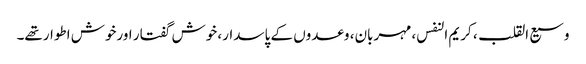
وسیع القلب، کریم النفس، مہربان، وعدوں کے پاسدار، خوش گفتار اورخوش اطوارتھے۔